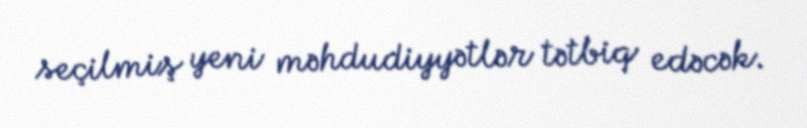
seçilmiş yeni məhdudiyyətlər tətbiq edəcək.